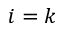
i = k